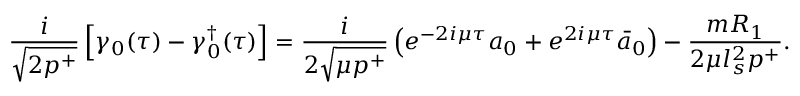
\frac { i } { \sqrt { 2 p ^ { + } } } \left[ \gamma _ { 0 } ( \tau ) - { \gamma _ { 0 } ^ { \dagger } } ( \tau ) \right] = \frac { i } { 2 \sqrt { \mu p ^ { + } } } \left( e ^ { - 2 i \mu \tau } a _ { 0 } + e ^ { 2 i \mu \tau } \bar { a } _ { 0 } \right) - \frac { m R _ { 1 } } { 2 \mu l _ { s } ^ { 2 } p ^ { + } } .